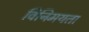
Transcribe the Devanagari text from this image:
विनिमयता